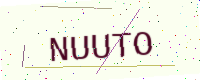
Text: NUUTO